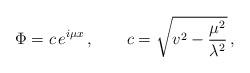
LaTeX: \begin{align*}\Phi = c\,e^{i\mu x}\, , \qquad c = \sqrt{v^2 - {\mu^2 \over \lambda^2}}\, ,\end{align*}